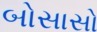
બોસાસો